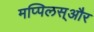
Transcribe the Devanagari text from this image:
मप्पिलस्और